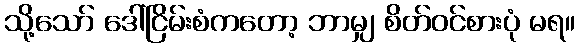
သို့သော် ဒေါ်ငြိမ်းစံကတော့ ဘာမျှ စိတ်ဝင်စားပုံ မရ။